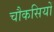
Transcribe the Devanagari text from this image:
चौकसियों